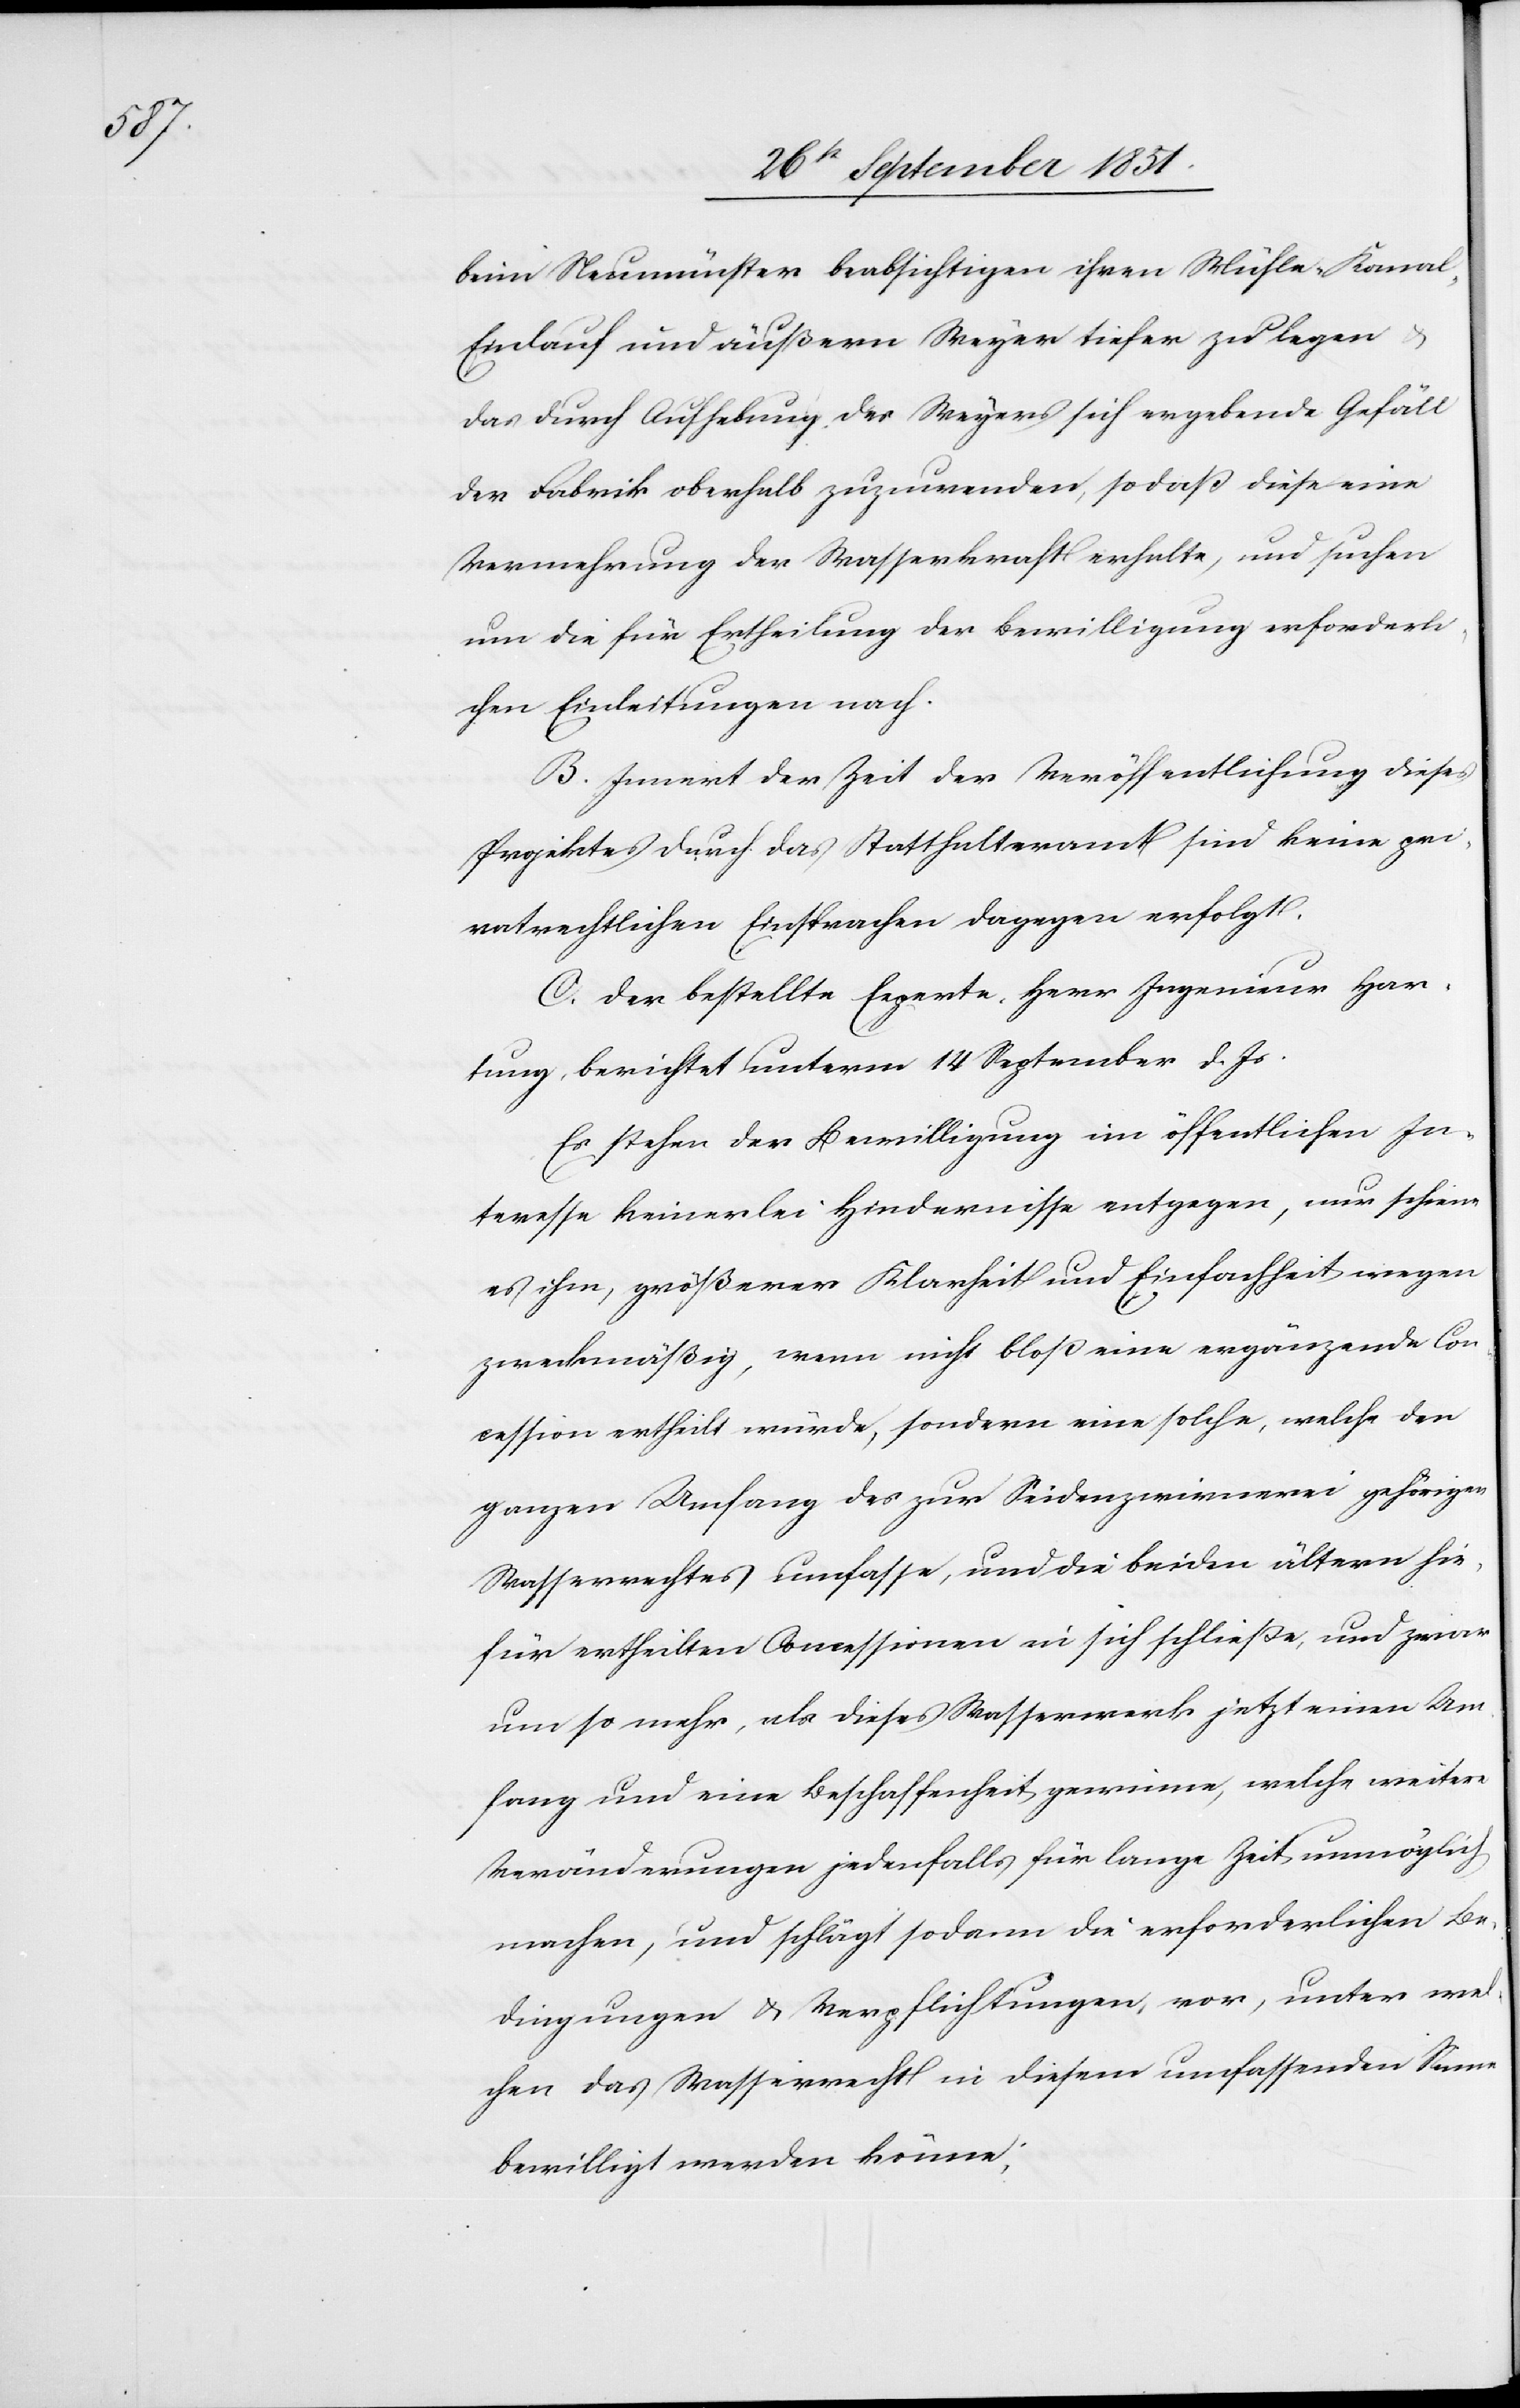
beim Neumünster beabsichtigen ihren Mühle-Kanal-E¬
inlauf und äußern Weyer tiefer zu legen
das durch Aufhebung des Weyers sich ergebende Gefäll
der Fabrik oberhalb zuzuwenden, so daß diese eine
Vermehrung der Wasserkraft erhalte, und suchen
um die für Ertheilung der Bewilligung erforderli¬
chen Einleitungen nach.
B. Innert der Zeit der Veröffentlichung dieses
Projektes durch das Statthalteramt sind keine pri¬
vatrechtlichen Einsprachen dagegen erfolgt.
C. Der bestellte Experte, Herr Ingenieur Har¬
tung, berichtet unterm 14 September d. Js.
Es stehen der Bewilligung im öffentlichen In¬
teresse keinerlei Hindernisse entgegen, nur scheine
es ihm, größerer Klarheit und Einfachheit wegen
zweckmäßig, wenn nicht bloß eine ergänzende Con¬
cession ertheilt würde, sondern eine solche, welche den
ganzen Umfang des zur Seidenzwirnerei gehörigen
Wasserrechtes umfasse, und die beiden ältern hie¬
für ertheilten Concessionen in sich schließe, und zwar
um so mehr, als dieses Wasserwerk jetzt einen Um¬
fang und eine Beschaffenheit gewinne, welche weitere
Veränderungen jedenfalls für lange Zeit unmöglich
machen, und schlägt sodann die erforderlichen Be¬
dingungen & Verpflichtungen, vor, unter wel¬
chen das Wasserrecht in diesem umfassenden Sinne
bewilligt werden könne;